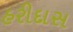
હરીદાસ